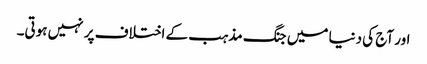
اور آج کی دنیا میں جنگ مذہب کے اختلاف پر نہیں ہوتی۔